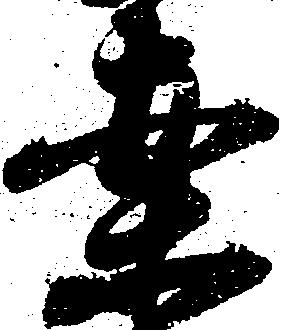
案